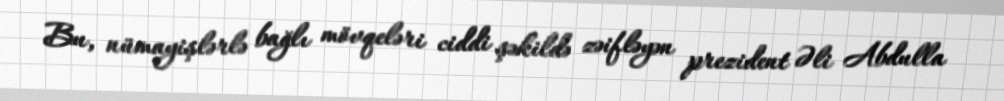
Bu, nümayişlərlə bağlı mövqeləri ciddi şəkildə zəifləyən prezident Əli Abdulla